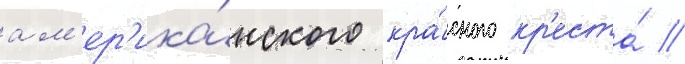
ам'ер'ика́нского кра́сного кр'еста́ /